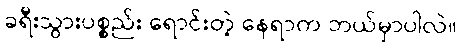
ခရီးသွားပစ္စည်း ရောင်းတဲ့ နေရာက ဘယ်မှာပါလဲ။